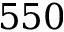
5 5 0